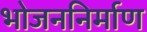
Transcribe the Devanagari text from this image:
भोजननिर्माण